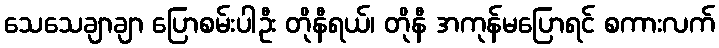
သေသေချာချာ ပြောစမ်းပါဦး တိုနီရယ်၊ တိုနီ အကုန်မပြောရင် စကားလက်